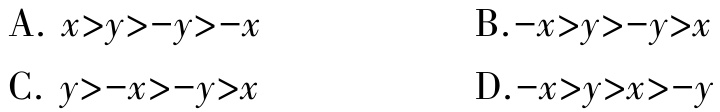
A. \(x > y > -y > -x\)

B. \(-x > y > -y > x\)

C. \(y > -x > -y > x\)

D. \(-x > y > x > -y\)